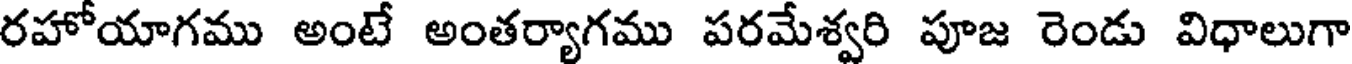
రహోయాగము అంటే అంతర్యాగము పరమేశ్వరి పూజ రెండు విధాలుగా